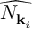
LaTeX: \widehat { N _ { { \mathbf { k } } _ { i } } }